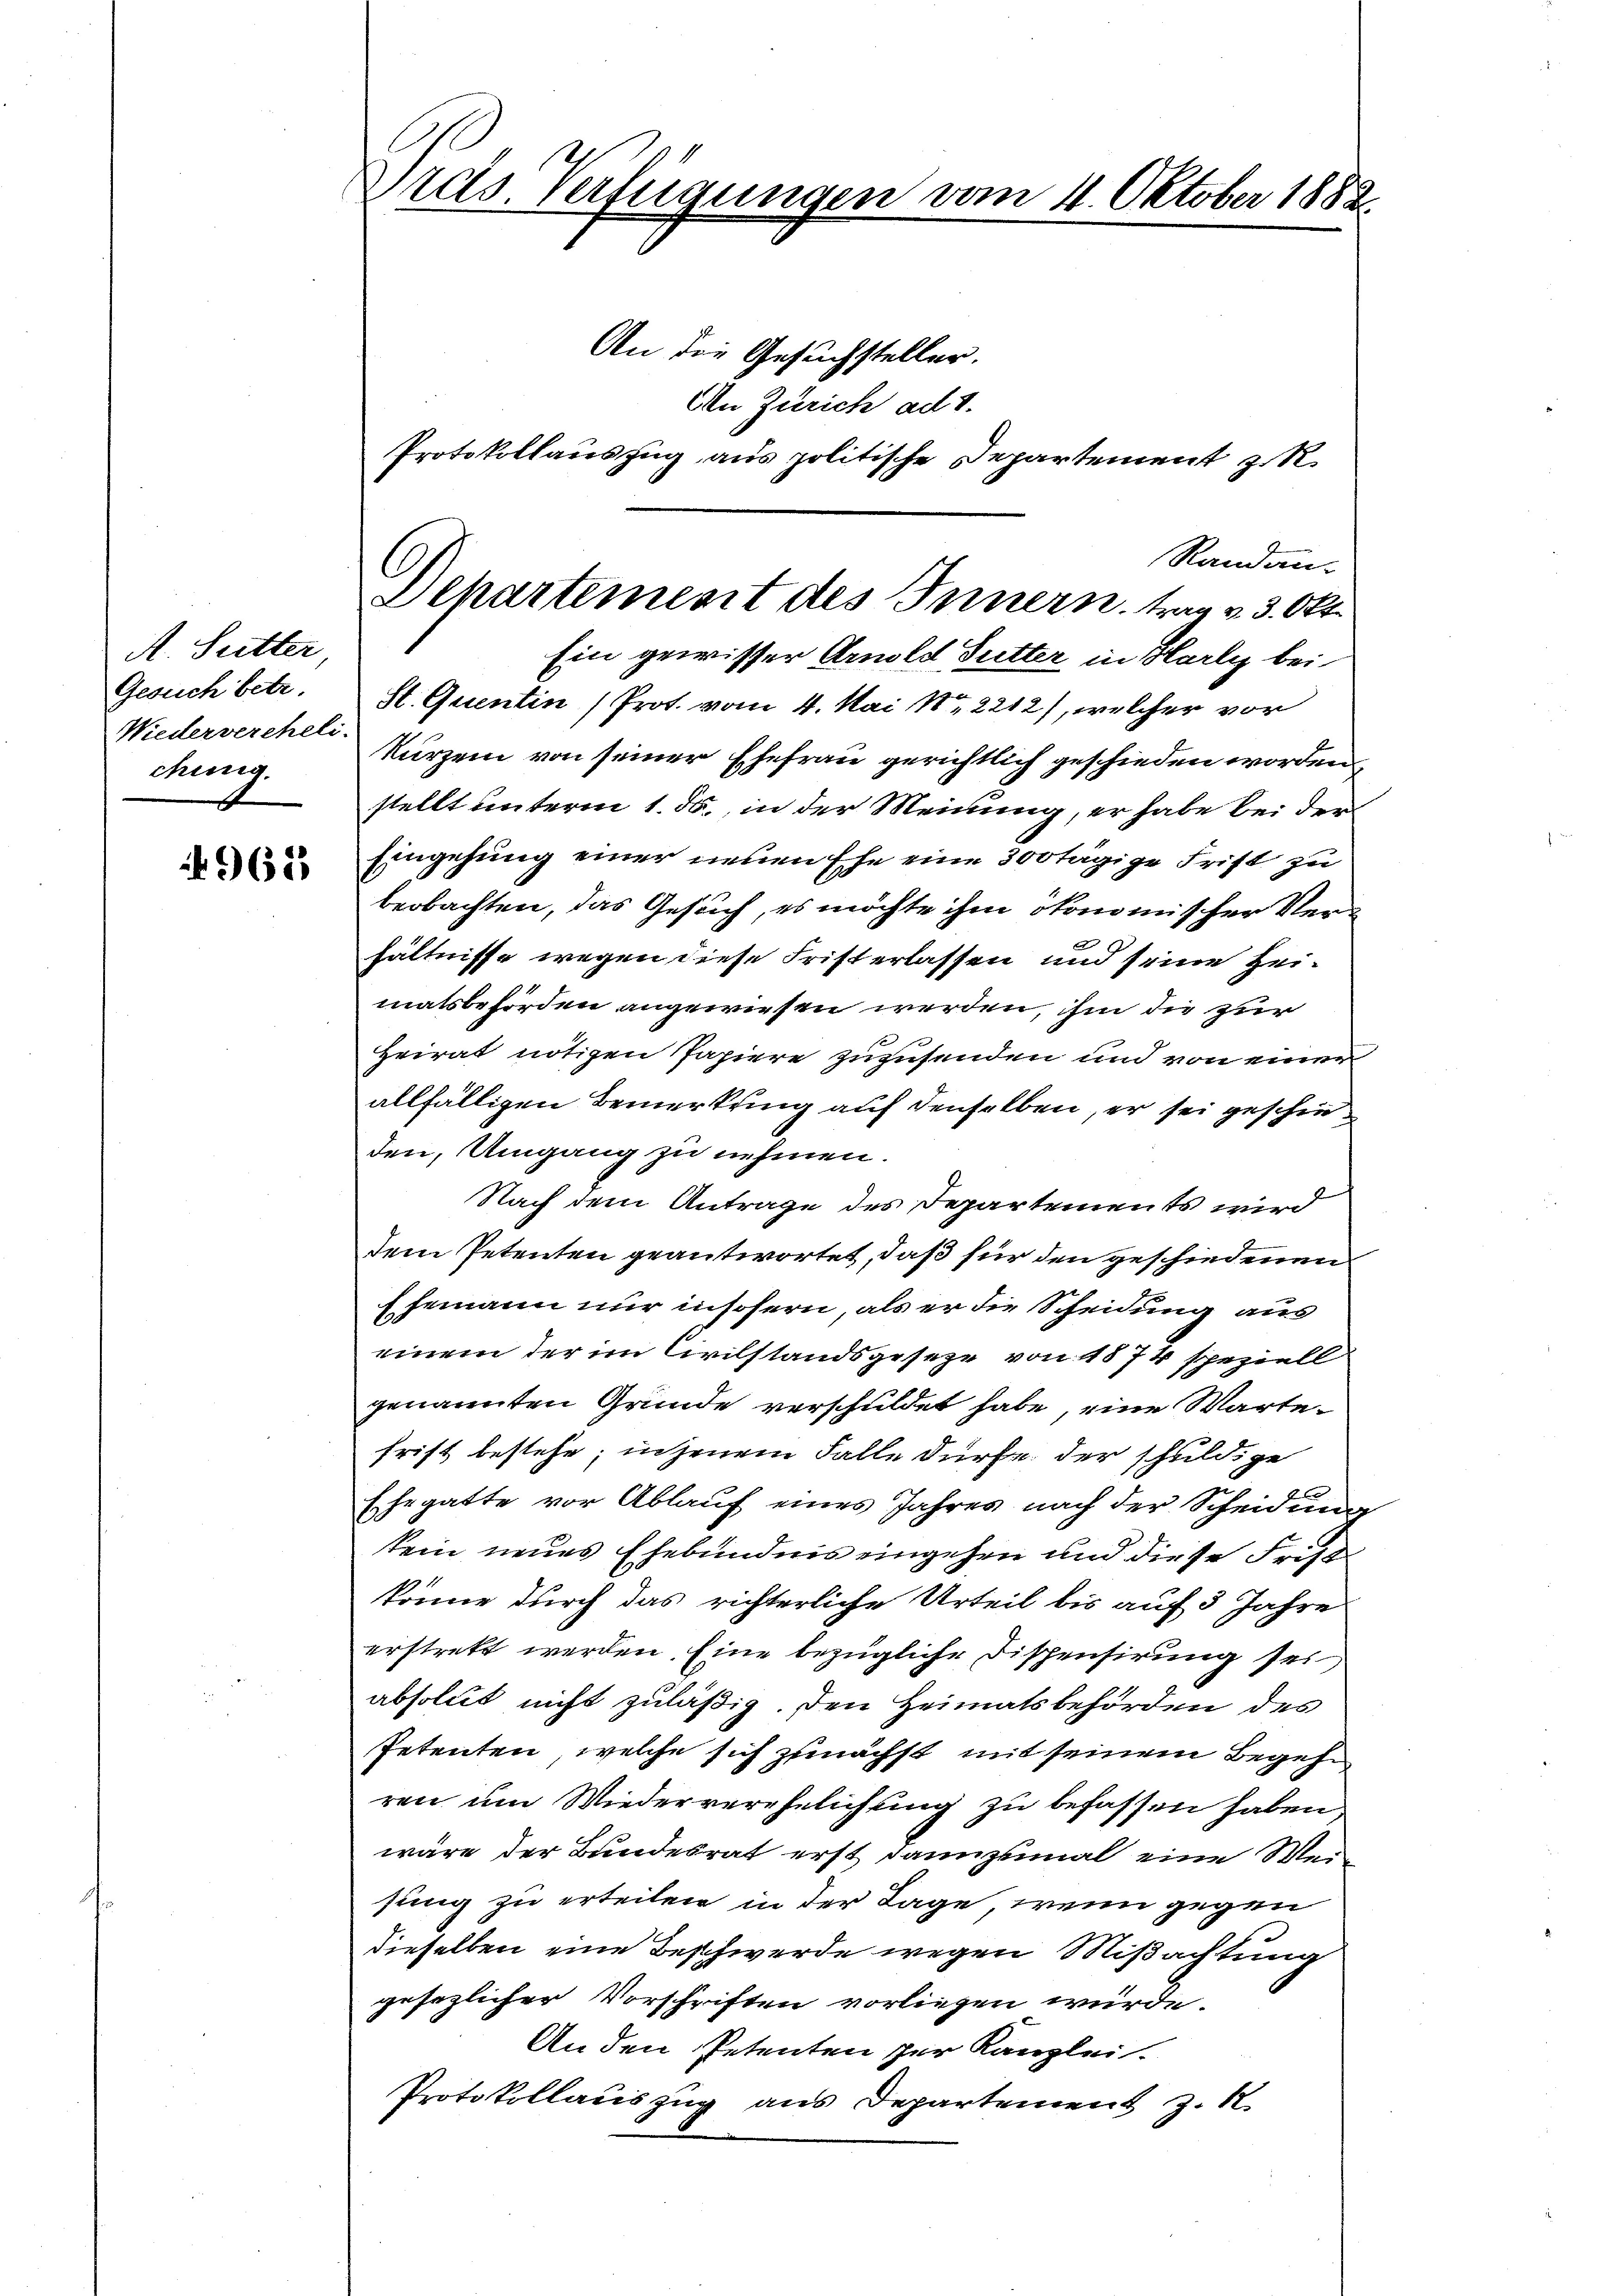
A. Sutter
Gesuch betr.
Niedervereheli
chung.

965

Drus. Verfügungen vom 4. Oktober 1882.
An die Gesuchsteller.
An Zürich ad 1.
Protokollauszug aus politische Departement zu R

Dehartement des Innern, trag v. 3. Okt

Randan-
Ein gewisser Arnold Futter in Harly bei
St. Quentin (Prot. vom 4. Mai 182212), welcher vor
kurzem von seiner Ehefrau gerichtlich geschieden worden
stellt unterm 1. ds., in der Meinung, er habe bei der
Eingehung einer neuen Ehe eine 300 tägige Frist zu
beobachten, das Gesuch, es möchte ihm ökonomischer Verhältnisse wegen diese Fristerlassen und seine Heimatsbehörden angewiesen werden, ihm die zur
Heirat nötigen Papiere zuzusenden und von einer
allfälligen Bemerkung auf denselben, er sei geschieden, Umgang zu nehmen.
Nach dem Antrage des Departements wird
dem Petenten geantwortet, daß für den geschiedenen
Ehemann nur insofern, als er die Scheidung aus
einem der im Civilstandsgeseze von 1874 speziell
genannten Grunde verschuldet habe, eine Wartefrist bestehe; in jenem Falle dürfe der schuldige
Ehegatte vor Ablauf eines Jahres nach der Scheidung
kein neues Ehebundnis eingehen und diese Fristkönne durch das richterliche Urteil bis auf 3 Jahre
erstrett werden. Eine bezügliche Fispensirung sei,
absolut nicht zuläßig. Den Heimatsbehörden des
Petenten, welche sich zunächst mit seinem Begehe
ren um Wiederverehelichung zu befassen haben
wäre der Bundesrat erst dannzumal eine Weisung zu erteilen in der Tage, wenn gegen
dieselben eine Beschwerde wegen Mißachtung
gesezlicher Vorschriften vorliegen würde.
An den Petenten zur Kanzlei.
Protokollauszug aus Departement z. R.